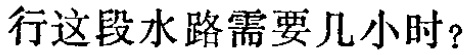
行这段水路需要几小时？